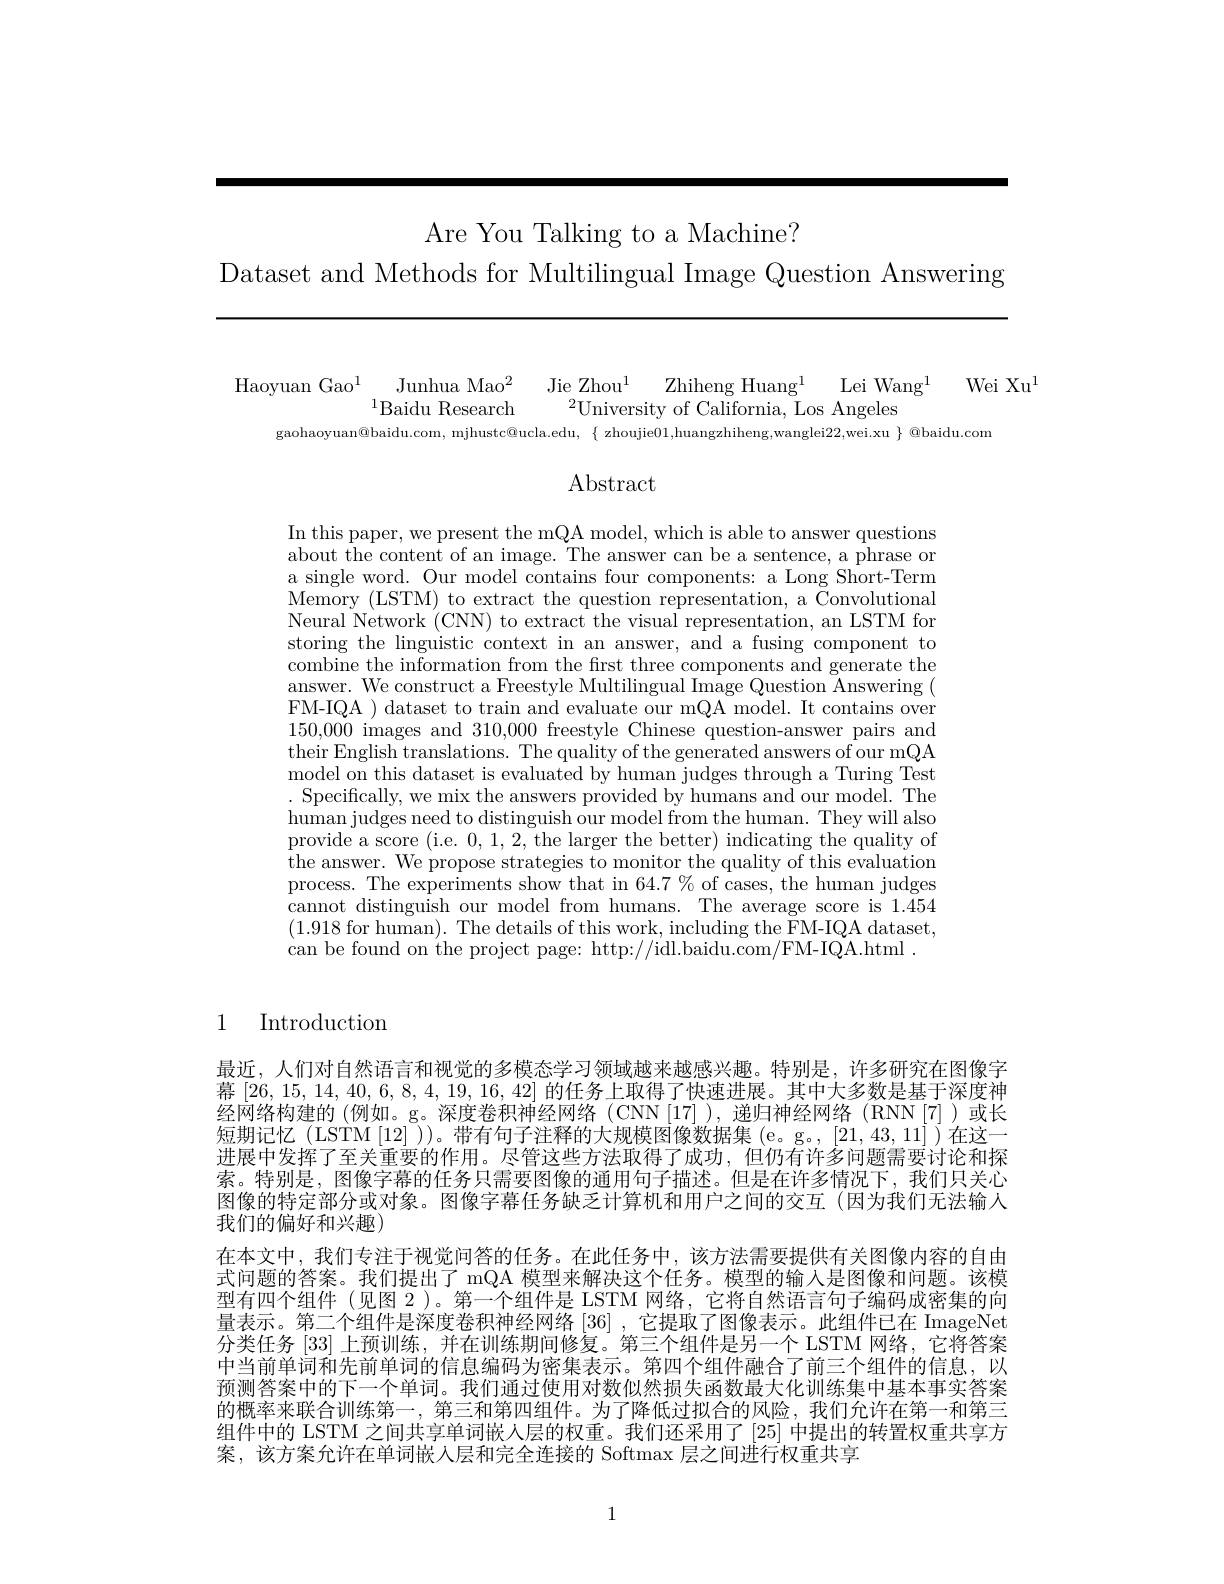
Are You Talking to a Machine?
Dataset and Methods for Multilingual Image Question Answering

Haoyuan Gao$^1$ Junhua Mao$^2$ Jie Zhou$^1$ Zhiheng Huang
Wei Xu$^{1}$
$\mathrm{Lei~Wang}^{1}$
$^{1}$Baidu Research$^2$University of California, Los Angeles
gaohaoyuan@baidu.com, mjhustc@ucla.edu, $\{$ zhoujie01,huangzhiheng,wanglei22,wei.xu $\}$ @baidu.com

## $\operatorname{Abstract}$

In this paper, we present the mQA model, which is able to answer questions about the content of an image. The answer can be a sentence, a phrase or a single word. Our model contains four components: a Long Short-Term Memory (LSTM) to extract the question representation, a Convolutional Neural $\overset{\text{Network }}($CNN) to extract the visual representation, an LSTM for storing the linguistic context in an answer, and a fusing component to combine the information from the first three components and generate the answer. We construct a Freestyle Multilingual Image Question Answering ( FM-IQA ) dataset to train and evaluate our mQA model. It contains over 150,0000 images and 310,000 freestyle Chinese question-answer pairs and their English translations. The quality of the generated answers of our mQA model on this dataset is evaluated by human judges through a Turing Test . Specifically, we mix the answers provided by humans and our model. The human judges need to distinguish our model from the human. They will also provide a score (i.e. 0,1,2,the larger the better) indicating the quality of the answer. We propose strategies to monitor the quality of this evaluation process. The experiments show that in $64.7\%$ of cases, the human judges cannot distinguish our model from humans. The average score is 1.454 (1.918 for human). The details of this work, including the FM-IQA dataset, can be found on the project page: http://idl.baidu.com/FM-IQA.html

1 Introduction

最近，人们对自然语言和视觉的多模态学习领域越来越感兴趣。特别是，许多研究在图像字幕[26,15,14,40,6,8,4,19,16,42]的任务上取得了快速进展。其中大多数是基于深度神经网络构建的 (例如。g。深度卷积神经网络(CNN[17]),递归神经网络(RNN[7])或长短期记忆(LSTM[12]))。带有句子注释的大规模图像数据集(e。g。,[21,43,11])在这一进展中发挥了至关重要的作用。尽管这些方法取得了成功，但仍有许多问题需要讨论和探索。特别是，图像字幕的任务只需要图像的通用句子描述。但是在许多情况下，我们只关心图像的特定部分或对象。图像字幕任务缺乏计算机和用户之间的交互(因为我们无法输人我们的偏好和兴趣)
在本文中，我们专注于视觉问答的任务。在此任务中，该方法需要提供有关图像内容的自由式问题的答案。我们提出了 mQA 模型来解决这个任务。模型的输入是图像和问题。该模型有四个组件 (见图 2 )。第一个组件是 LSTM 网络，它将自然语言句子编码成密集的向量表示。第二个组件是深度卷积神经网络[36] ,它提取了图像表示。此组件已在 ImageNet 分类任务[33]上预训练，并在训练期间修复。第三个组件是另一个 LSTM 网络，它将答案中当前单词和先前单词的信息编码为密集表示。第四个组件融合了前三个组件的信息，以预测答案中的下一个单词。我们通过使用对数似然损失函数最大化训练集中基本事实答案的概率来联合训练第一 , 第三和第四组件。为了降低过拟合的风险，我们允许在第一和第三组件中的 LSTM 之间共享单词嵌人层的权重。我们还采用了 [25] 中提出的转置权重共享方案，该方案允许在单词嵌人层和完全连接的 Softmax 层之间进行权重共享

1